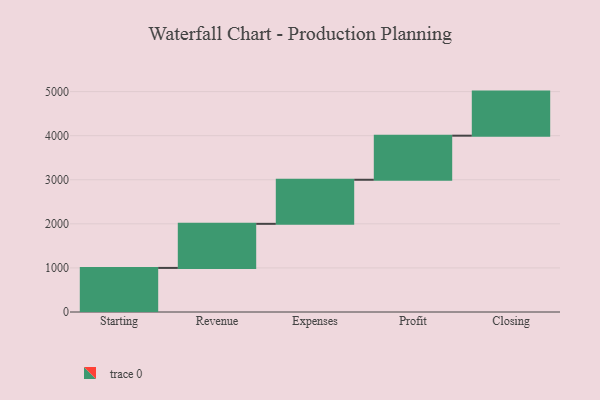
{"axis": {"x": "Step", "y": "Value"}, "legend": [""], "data": [{"x": "Starting", "y": 1000, "type": ""}, {"x": "Revenue", "y": 1000, "type": ""}, {"x": "Expenses", "y": 1000, "type": ""}, {"x": "Profit", "y": 1000, "type": ""}, {"x": "Closing", "y": 1000, "type": ""}]}